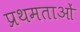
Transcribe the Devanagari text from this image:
प्रथमताओं